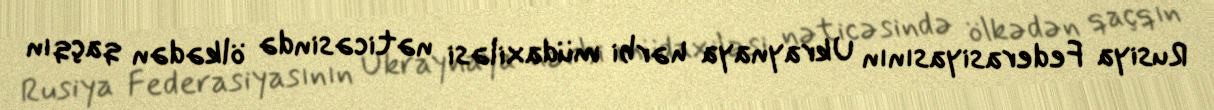
Rusiya Federasiyasının Ukraynaya hərbi müdaxiləsi nəticəsində ölkədən qaçqın